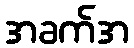
အခက်အ